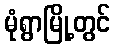
မုံရွာမြို့တွင်